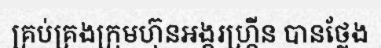
គ្រប់គ្រងក្រុមហ៊ុនអង្គរហ្គ្រីន បានថ្លែង